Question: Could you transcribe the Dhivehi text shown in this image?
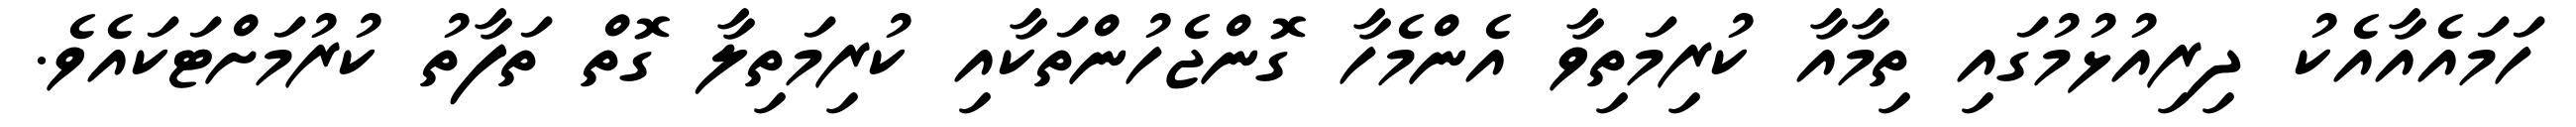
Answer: ހަމައެއާއެކު ދިރިއުޅުމުގައި ތިމާއާ ކުރިމަތިވާ އެންމެހާ ގޮންޖެހުންތަކާއި ކުރިމަތިލާ ގޮތް ތަފާތު ކުރުމަށްޓަކައެވެ.